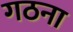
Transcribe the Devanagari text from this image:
गठना